Lunatic asylums Central Provinces reports 1895-1909 - 1895-1909
Year: 1895
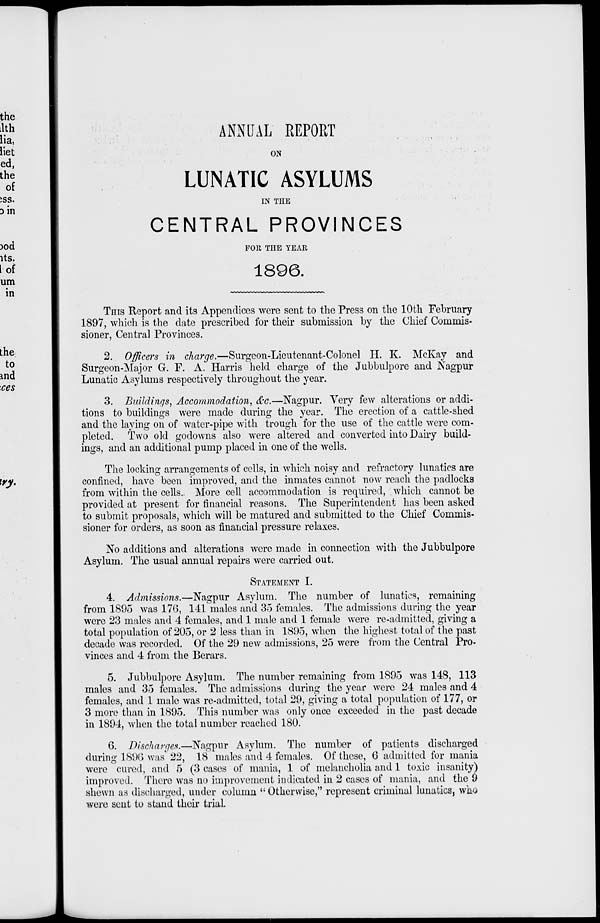
ANNUAL REPORT
ON
LUNATIC ASYLUMS
IN THE
CENTRAL PROVINCES
FOR THE YEAR
1896.
THIS Report and its Appendices were sent to the Press on the 10th February
1897, which is the date prescribed for their submission by the Chief Commis-
sioner, Central Provinces.
2. Officers in charge.—Surgeon-Lieutenant-Colonel H. K. McKay and
Surgeon-Major G. F. A. Harris held charge of the Jubbulpore and Nagpur
Lunatic Asylums respectively throughout the year.
3. Buildings, Accommodation, &c.—Nagpur. Very few alterations or addi-
tions to buildings were made during the year. The erection of a cattle-shed
and the laying on of water-pipe with trough for the use of the cattle were com-
pleted. Two old godowns also were altered and converted into Dairy build-
ings, and an additional pump placed in one of the wells.
The locking arrangements of cells, in which noisy and refractory lunatics are
confined, have been improved, and the inmates cannot now reach the padlocks
from within the cells. More cell accommodation is required, which cannot be
provided at present for financial reasons. The Superintendent has been asked
to submit proposals, which will be matured and submitted to the Chief Commis-
sioner for orders, as soon as financial pressure relaxes.
No additions and alterations were made in connection with the Jubbulpore
Asylum. The usual annual repairs were carried out.
STATEMENT I.
4. Admissions.—Nagpur Asylum. The number of lunatics, remaining
from 1895 was 176, 141 males and 35 females. The admissions during the year
were 23 males and 4 females, and 1 male and 1 female were re-admitted, giving a
total population of 205, or 2 less than in 1895, when the highest total of the past
decade was recorded. Of the 29 new admissions, 25 were from the Central Pro-
vinces and 4 from the Berars.
5. Jubbulpore Asylum. The number remaining from 1895 was 148, 113
males and 35 females. The admissions during the year were 24 males and 4
females, and 1 male was re-admitted, total 29, giving a total population of 177, or
3 more than in 1895. This number was only once exceeded in the past decade
in 1894, when the total number reached 180.
6. Discharges.—Nagpur Asylum. The number of patients discharged
during 1896 was 22, 18 males and 4 females. Of these, 6 admitted for mania
were cured, and 5 (3 cases of mania, 1 of melancholia and 1 toxic insanity)
improved. There was no improvement indicated in 2 cases of mania, and the 9
shewn as discharged, under column " Otherwise," represent criminal lunatics, who
were sent to stand their trial.